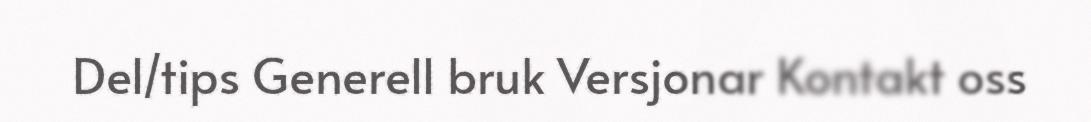
Del/tips Generell bruk Versjonar Kontakt oss